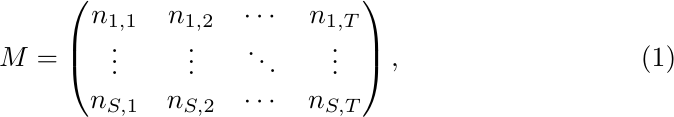
\begin{equation}
M = \begin{pmatrix}
n_{1,1} & n_{1,2} & \cdots & n_{1,T} \\
\vdots & \vdots & \ddots & \vdots \\
n_{S,1} & n_{S,2} & \cdots & n_{S,T}
\end{pmatrix},
\label{eq:DATAMD2D}
\end{equation}